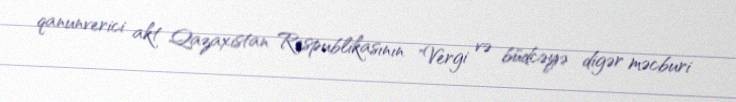
qanunverici akt Qazaxıstan Respublikasının "Vergi və büdcəyə digər məcburi